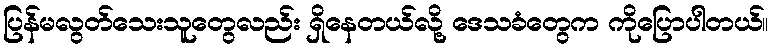
ပြန်မလွတ်သေးသူတွေလည်း ရှိနေတယ်လို့ ဒေသခံတွေက ကိုပြောပါတယ်။